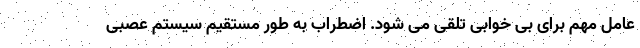
عامل مهم برای بی خوابی تلقی می شود. اضطراب به طور مستقیم سیستم عصبی